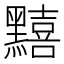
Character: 䵱